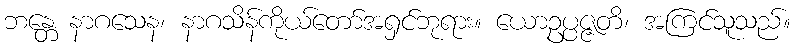
ဘန္တေ နာဂသေန၊ နာဂသိန်ကိုယ်တော်အရှင်ဘုရား။ ယောဥပ္ပဇ္ဇတိ၊ အကြင်သူသည်။